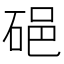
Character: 𥒵